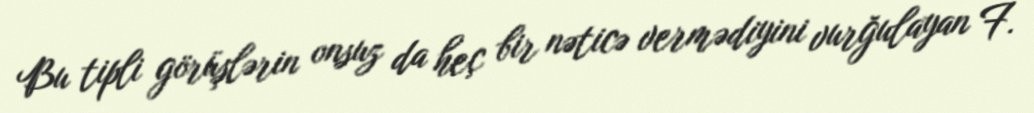
Bu tipli görüşlərin onsuz da heç bir nəticə vermədiyini vurğulayan F.